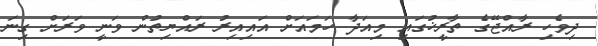
ދިވެހި ރާއްޖޭގެ ތާރީޚުގައި މިއަދާ ހަމައަށް އައިއިރު ރައްޔިތުން ވަނީ ވަރަށް ގިނަ